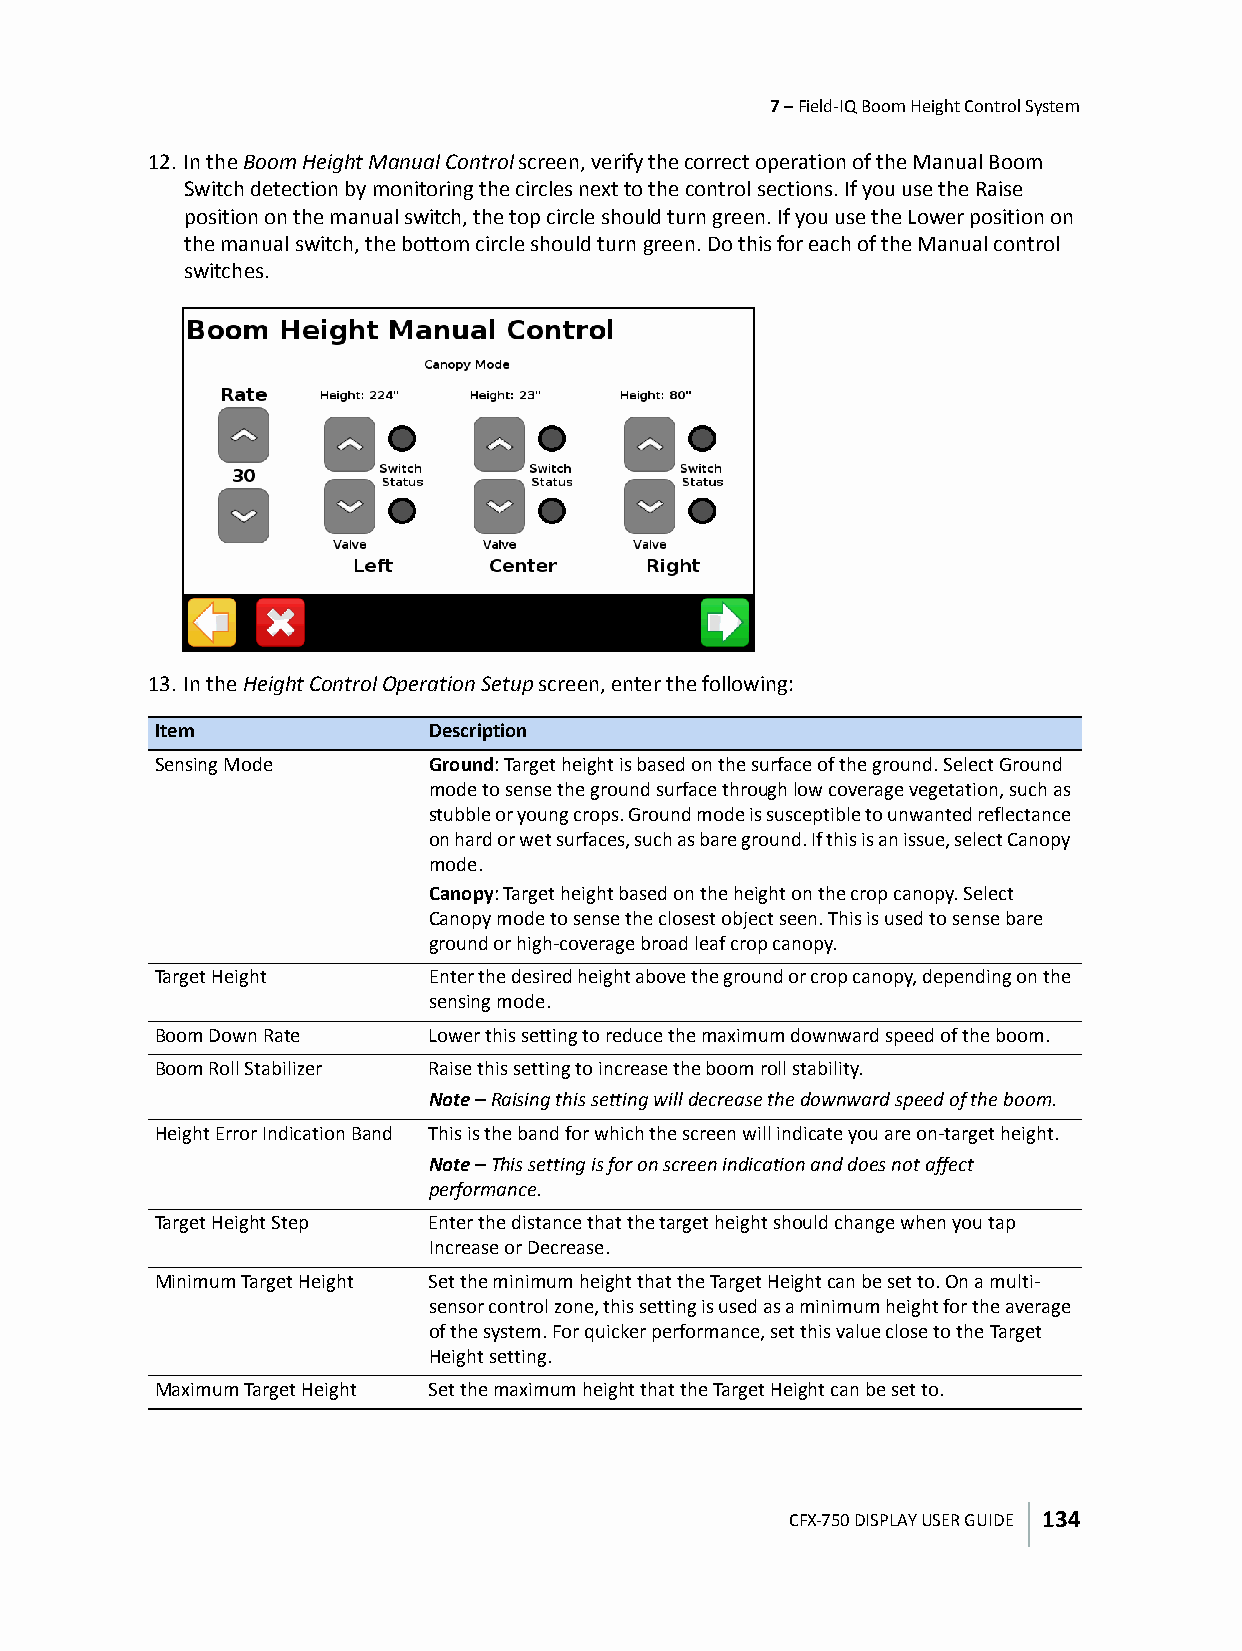
7 – Field-IQ Boom Height Control System
 12. In the Boom Height Manual Control screen, verify the correct operation of the Manual Boom
 Switch detection by monitoring the circles next to the control sections. If you use the Raise
 position on the manual switch, the top circle should turn green. If you use the Lower position on
 the manual switch, the bottom circle should turn green. Do this for each of the Manual control
 switches.
 13. In the Height Control Operation Setup screen, enter the following:
 Item              Description
 Sensing Mode      Ground: Target height is based on the surface of the ground. Select Ground
 mode to sense the ground surface through low coverage vegetation, such as
 stubble or young crops. Ground mode is susceptible to unwanted reflectance
 on hard or wet surfaces, such as bare ground. If this is an issue, select Canopy
 mode.
 Canopy: Target height based on the height on the crop canopy. Select
 Canopy mode to sense the closest object seen. This is used to sense bare
 ground or high-coverage broad leaf crop canopy.
 Target Height     Enter the desired height above the ground or crop canopy, depending on the
 sensing mode.
 Boom Down Rate    Lower this setting to reduce the maximum downward speed of the boom.
 Boom Roll Stabilizer Raise this setting to increase the boom roll stability.
 Note – Raising this setting will decrease the downward speed of the boom.
 Height Error Indication Band This is the band for which the screen will indicate you are on-target height.
 Note – This setting is for on screen indication and does not affect
 performance.
 Target Height Step Enter the distance that the target height should change when you tap
 Increase or Decrease.
 Minimum Target Height Set the minimum height that the Target Height can be set to. On a multi-
 sensor control zone, this setting is used as a minimum height for the average
 of the system. For quicker performance, set this value close to the Target
 Height setting.
 Maximum Target Height Set the maximum height that the Target Height can be set to.
 CFX-750 DISPLAY USER GUIDE 134